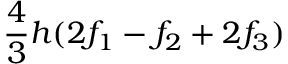
{ \frac { 4 } { 3 } } h ( 2 f _ { 1 } - f _ { 2 } + 2 f _ { 3 } )